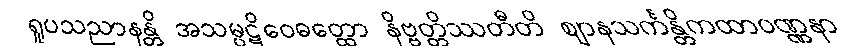
ရူပသညာနန္တိ အသမ္ပဋိဝေဓတ္ထော နိဗ္ဗတ္တိဿတီတိ ဈာနသင်္ကန္တိကထာဝဏ္ဏနာ